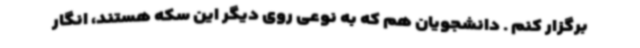
برگزار کنم . دانشجویان هم که به نوعی روی دیگر این سکه هستند، انگار